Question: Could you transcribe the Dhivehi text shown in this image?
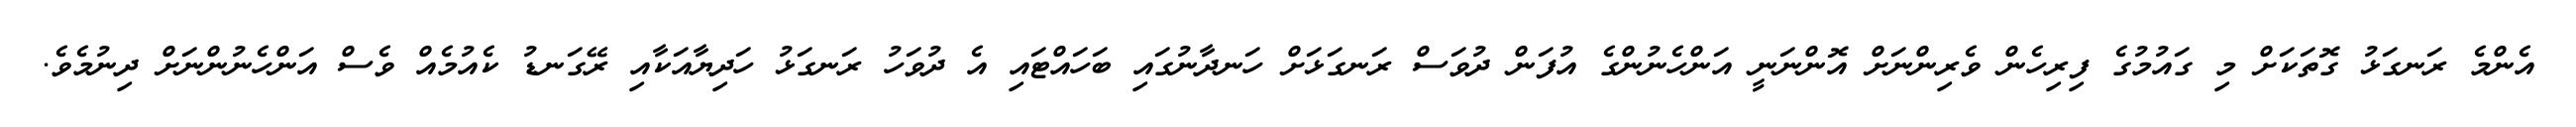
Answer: އެންމެ ރަނގަޅު ގޮތަކަށް މި ގައުމުގެ ފިރިހެން ވެރިންނަށް އޮންނަނީ އަންހެނުންގެ އުފަން ދުވަސް ރަނގަޅަށް ހަނދާނުގައި ބަހައްޓައި އެ ދުވަހު ރަނގަޅު ހަދިޔާއަކާއި ރޭގަނޑު ކެއުމެއް ވެސް އަންހެނުންނަށް ދިނުމެވެ.